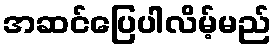
အဆင်ပြေပါလိမ့်မည်